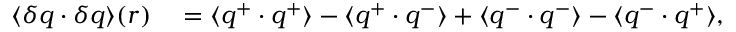
\begin{array} { r l } { \langle \delta \boldsymbol { q } \cdot \delta \boldsymbol { q } \rangle ( \boldsymbol { r } ) } & { { } = \langle \boldsymbol { q } ^ { + } \cdot \boldsymbol { q } ^ { + } \rangle - \langle \boldsymbol { q } ^ { + } \cdot \boldsymbol { q } ^ { - } \rangle + \langle \boldsymbol { q } ^ { - } \cdot \boldsymbol { q } ^ { - } \rangle - \langle \boldsymbol { q } ^ { - } \cdot \boldsymbol { q } ^ { + } \rangle , } \end{array}